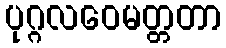
ပုဂ္ဂလဝေမတ္တတာ